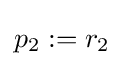
p_{2}:=r_{2}